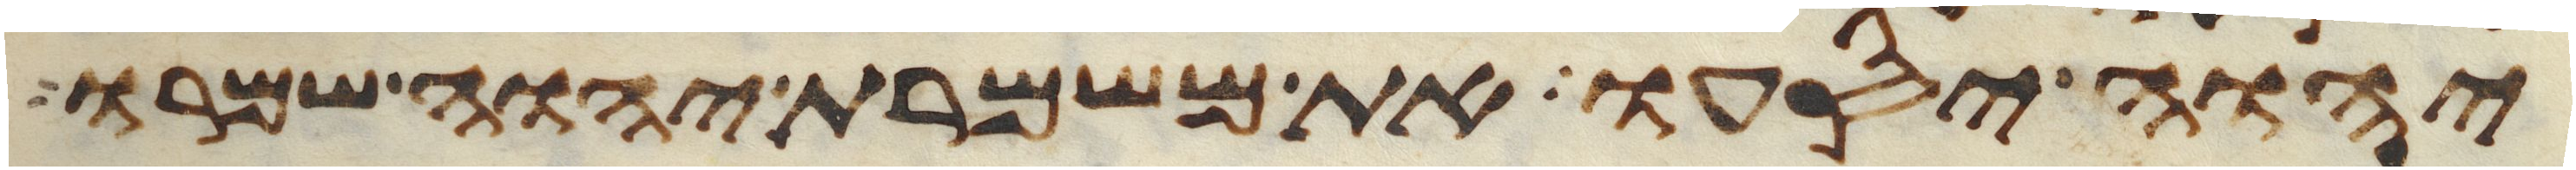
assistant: יהוה יסעו את משמרת יהוה שמרו